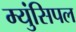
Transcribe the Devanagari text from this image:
म्युंसिपल